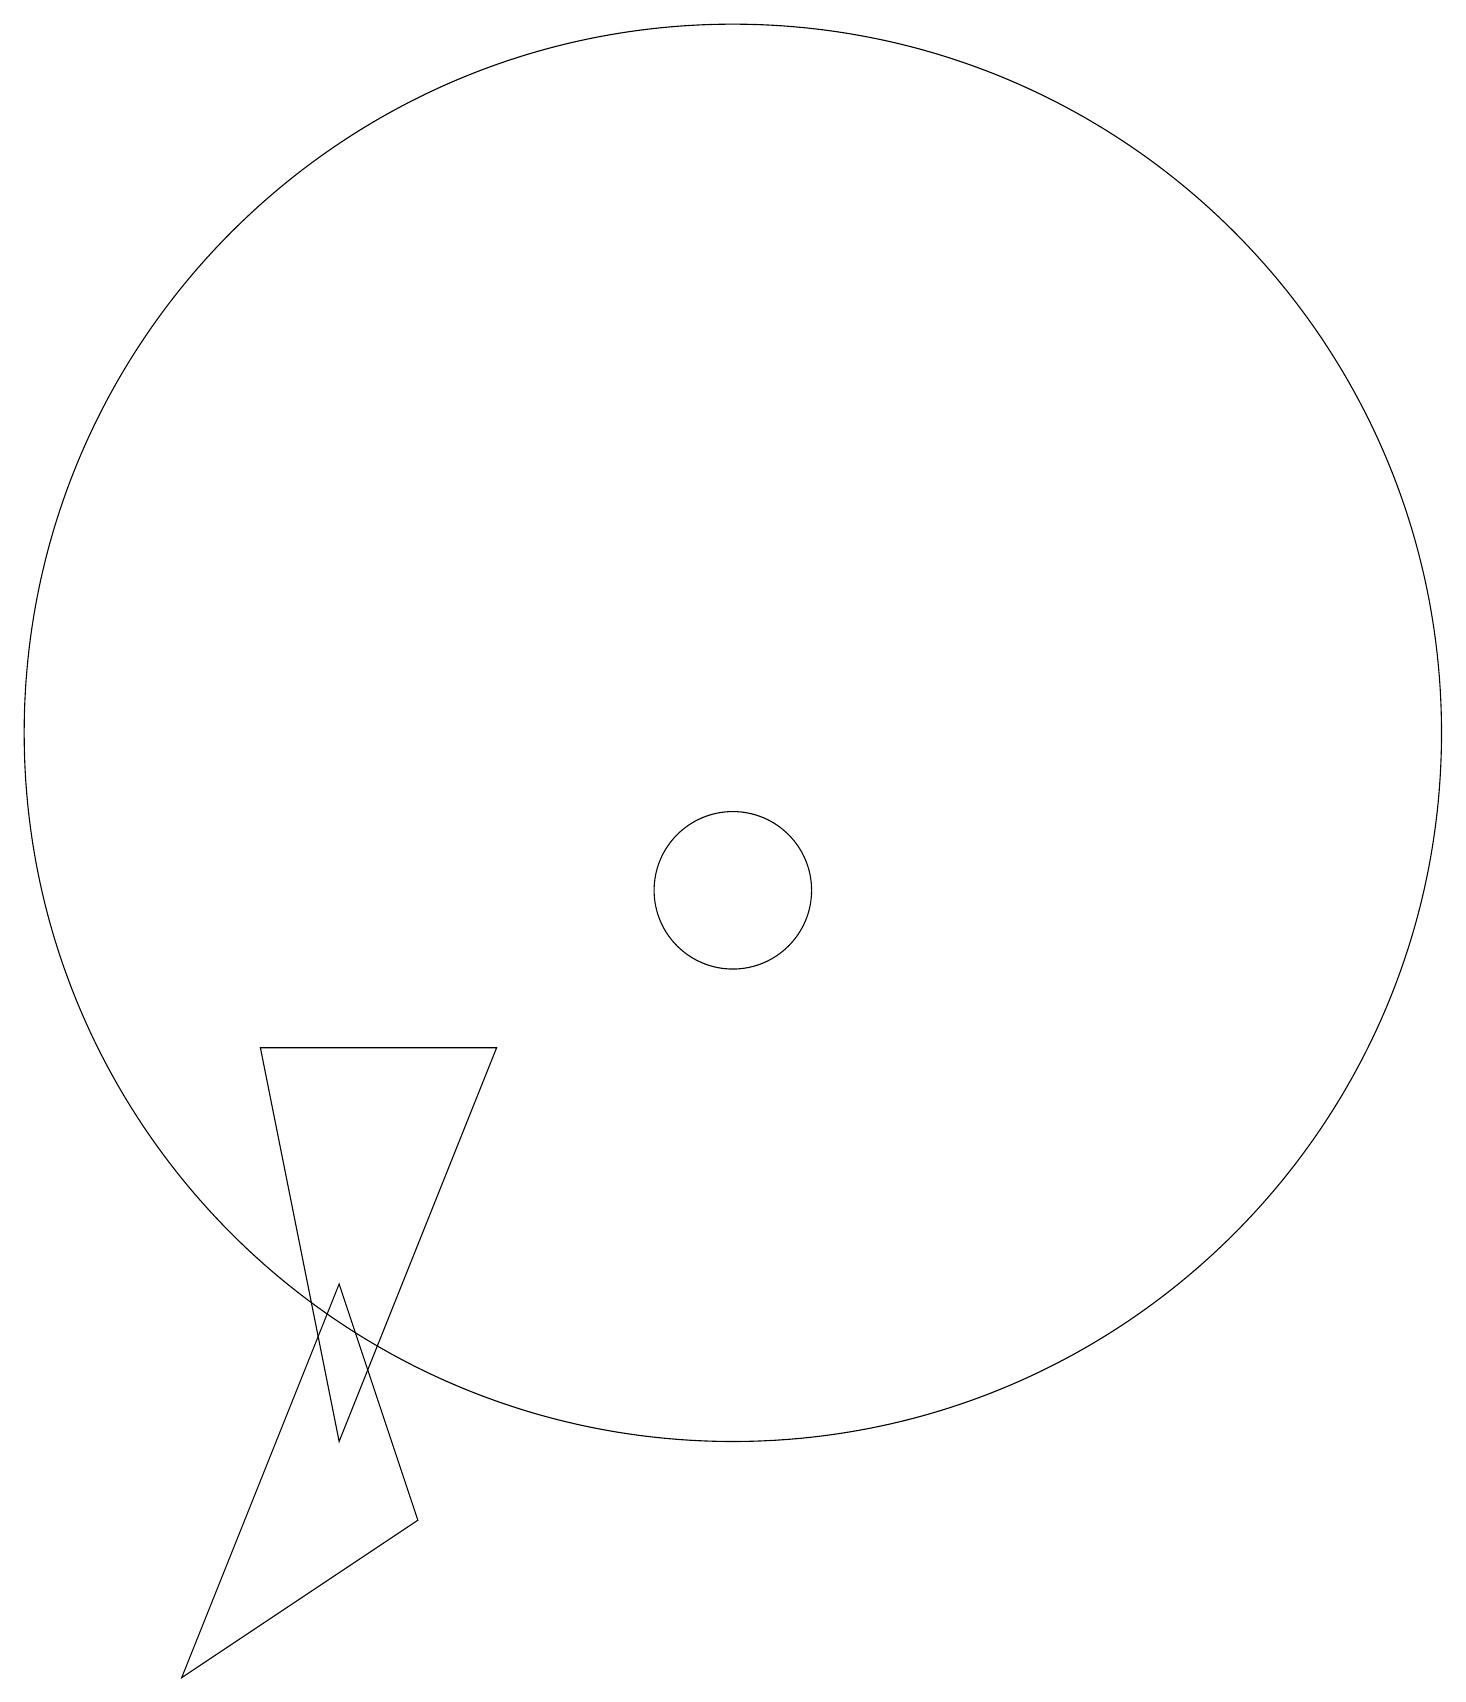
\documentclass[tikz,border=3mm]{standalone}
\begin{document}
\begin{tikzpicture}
\draw (5,8) -- (6,3) -- (8,8) -- cycle;
\draw (11,12) circle (9);
\draw (6,5) -- (4,0) -- (7,2) -- cycle;
\draw (11,10) circle (1);
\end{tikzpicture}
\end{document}